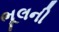
ભૂલની